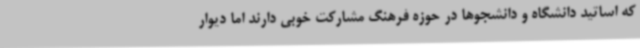
که اساتید دانشگاه و دانشجوها در حوزه فرهنگ مشارکت خوبی دارند اما دیوار